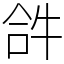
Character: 𤙖